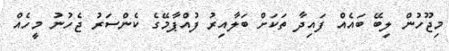
މިޖޫހުން ލިބޭ ބައެއް ފައިދާ ތަކަށް ބަލާއިރު ފުއްޕާމޭގެ ކެންސަރު ޖެހުނު މީހެއް